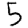
Digit: 5